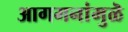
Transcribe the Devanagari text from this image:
आगमनांमुळॆ